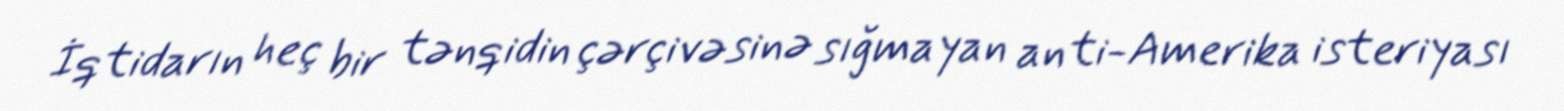
İqtidarın heç bir tənqidin çərçivəsinə sığmayan anti-Amerika isteriyası